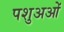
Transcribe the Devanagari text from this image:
पशुअओं